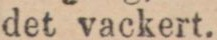
det vackert.